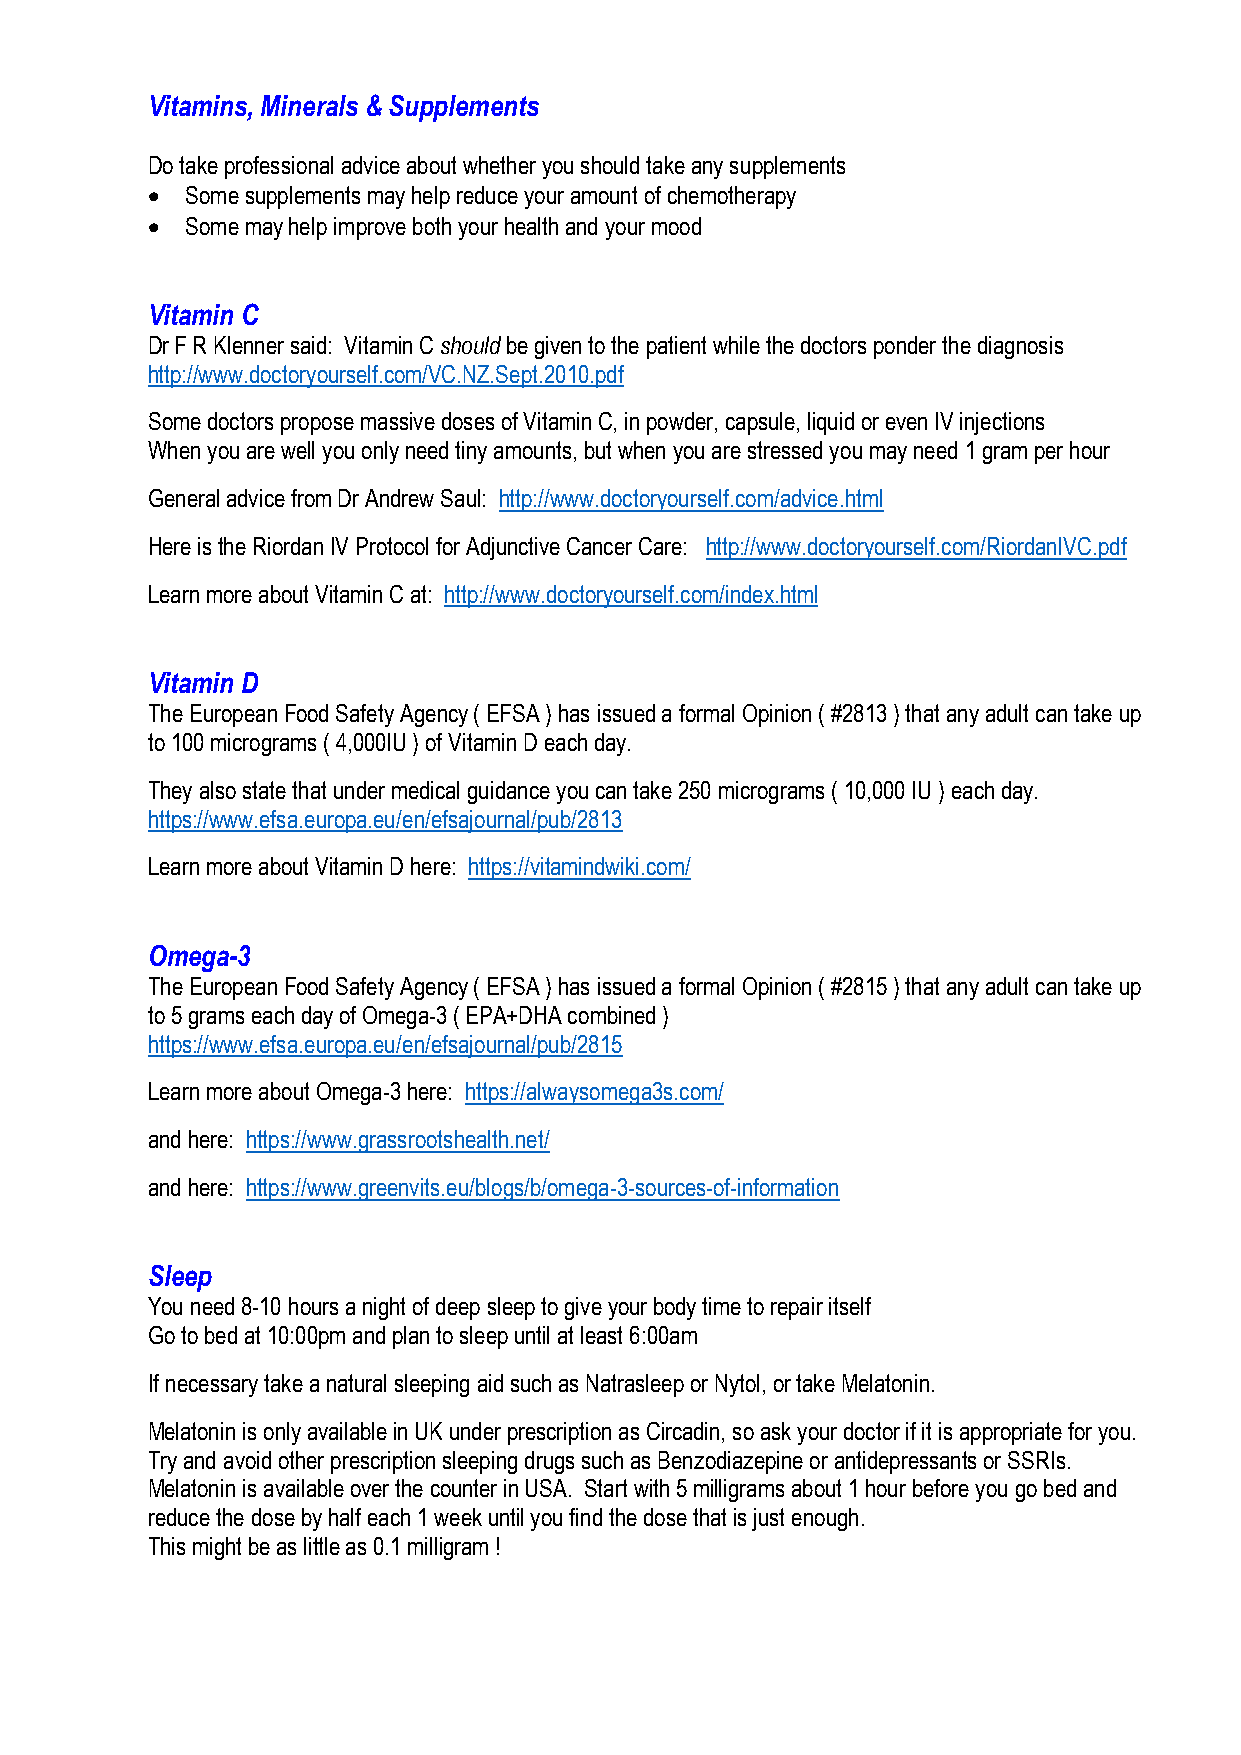
Vitamins, Minerals & Supplements
 Do take professional advice about whether you should take any supplements
  Some supplements may help reduce your amount of chemotherapy
  Some may help improve both your health and your mood
 Vitamin C
 Dr F R Klenner said: Vitamin C should be given to the patient while the doctors ponder the diagnosis
 http://www.doctoryourself.com/VC.NZ.Sept.2010.pdf
 Some doctors propose massive doses of Vitamin C, in powder, capsule, liquid or even IV injections
 When you are well you only need tiny amounts, but when you are stressed you may need 1 gram per hour
 General advice from Dr Andrew Saul: http://www.doctoryourself.com/advice.html
 Here is the Riordan IV Protocol for Adjunctive Cancer Care: http://www.doctoryourself.com/RiordanIVC.pdf
 Learn more about Vitamin C at: http://www.doctoryourself.com/index.html
 Vitamin D
 The European Food Safety Agency ( EFSA ) has issued a formal Opinion ( #2813 ) that any adult can take up
 to 100 micrograms ( 4,000IU ) of Vitamin D each day.
 They also state that under medical guidance you can take 250 micrograms ( 10,000 IU ) each day.
 https://www.efsa.europa.eu/en/efsajournal/pub/2813
 Learn more about Vitamin D here: https://vitamindwiki.com/
 Omega-3
 The European Food Safety Agency ( EFSA ) has issued a formal Opinion ( #2815 ) that any adult can take up
 to 5 grams each day of Omega-3 ( EPA+DHA combined )
 https://www.efsa.europa.eu/en/efsajournal/pub/2815
 Learn more about Omega-3 here: https://alwaysomega3s.com/
 and here: https://www.grassrootshealth.net/
 and here: https://www.greenvits.eu/blogs/b/omega-3-sources-of-information
 Sleep
 You need 8-10 hours a night of deep sleep to give your body time to repair itself
 Go to bed at 10:00pm and plan to sleep until at least 6:00am
 If necessary take a natural sleeping aid such as Natrasleep or Nytol, or take Melatonin.
 Melatonin is only available in UK under prescription as Circadin, so ask your doctor if it is appropriate for you.
 Try and avoid other prescription sleeping drugs such as Benzodiazepine or antidepressants or SSRIs.
 Melatonin is available over the counter in USA. Start with 5 milligrams about 1 hour before you go bed and
 reduce the dose by half each 1 week until you find the dose that is just enough.
 This might be as little as 0.1 milligram !